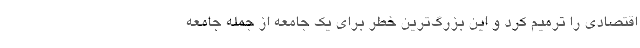
اقتصادی را ترمیم کرد و این بزرگ‌ترین خطر برای یک جامعه از جمله جامعه